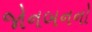
જોનબનનો